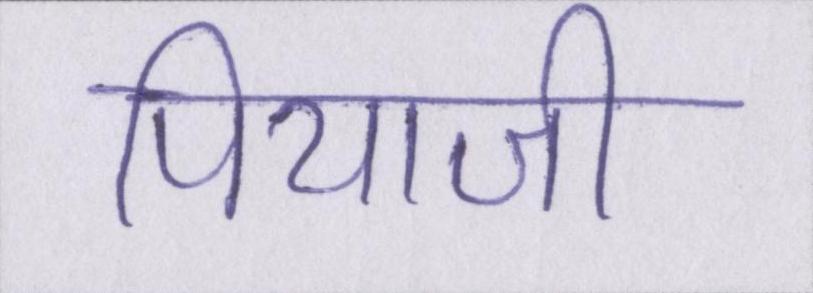
पियाजी